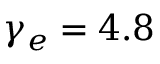
\gamma _ { e } = 4 . 8